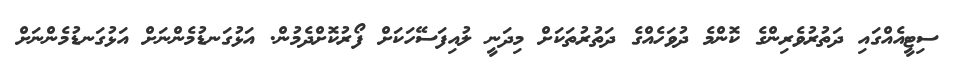
ސިޓީއެއްގައި ދަތުރުވެރިންގެ ކޮންމެ ދުވަހެއްގެ ދަތުރުތަކަށް މިދަނީ ލުއިފަސޭހަކަށް ފޯރުކޮށްދެމުން. އަޅުގަނޑުމެންނަށް އަޅުގަނޑުމެންނަށް